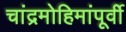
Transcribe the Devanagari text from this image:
चांद्रमोहिमांपूर्वी